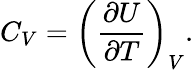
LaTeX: C_{V}=\left({\frac{\partial U}{\partial T}}\right)_{V}.